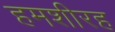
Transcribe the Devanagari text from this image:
हमशीरह